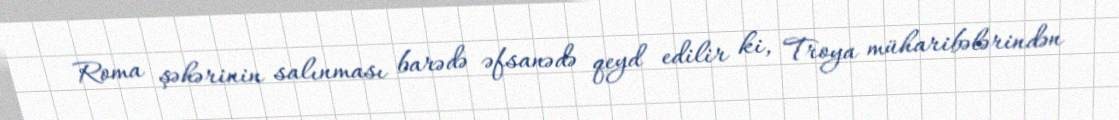
Roma şəhərinin salınması barədə əfsanədə qeyd edilir ki, Troya müharibələrindən